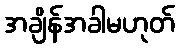
အချိန်အခါမဟုတ်